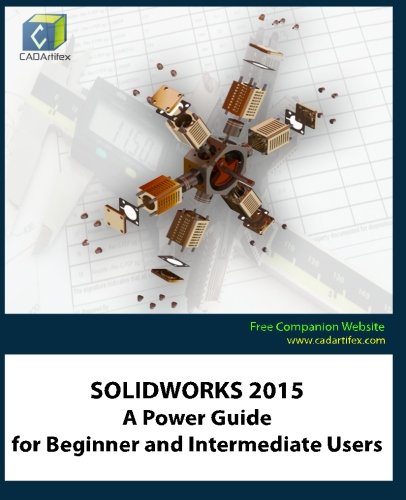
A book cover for SOLIDWORKS 2015: A Power Guide for Beginner and Intermediate Users; CADArtifex; Computers & Technology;